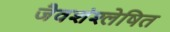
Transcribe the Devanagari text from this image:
जैवशंश्लेषित